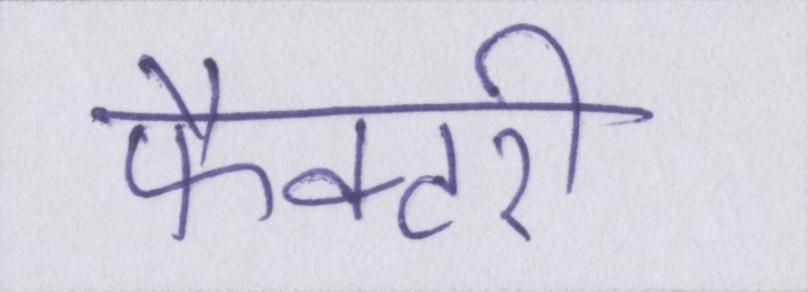
फैक्टरी